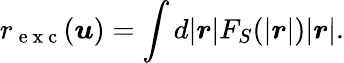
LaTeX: r_{\mathrm{~e~x~c~}}(\boldsymbol{u})=\int d|\boldsymbol{r}|F_{S}(|\boldsymbol{r}|)|\boldsymbol{r}|.